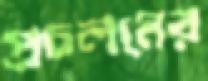
প্রচলনের